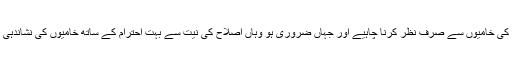
ایک دوسرے کی خامیوں سے صرف نظر کرنا چاہیے اور جہاں ضروری ہو وہاں اصلاح کی نیت سے بہت احترام کے ساتھ خامیوں کی نشاندہی کرنی چاہیے۔